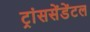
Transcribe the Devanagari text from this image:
ट्रांससेंडेंटल